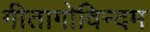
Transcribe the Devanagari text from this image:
गीतागोविन्दम